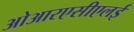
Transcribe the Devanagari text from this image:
ओआरएसीएलई